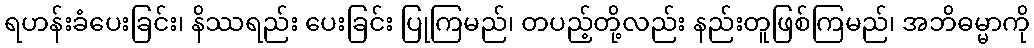
ရဟန်းခံပေးခြင်း၊ နိဿရည်း ပေးခြင်း ပြုကြမည်၊ တပည့်တို့လည်း နည်းတူဖြစ်ကြမည်၊ အဘိဓမ္မာကို